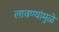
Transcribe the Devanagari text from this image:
लावण्यांमुळे